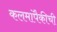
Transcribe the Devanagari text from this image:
कलमांपैकीची